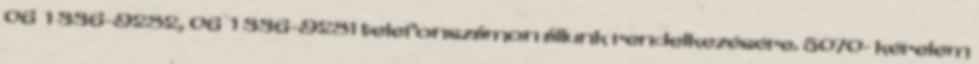
06 1 336-9282, 06 1 336-9281 telefonszámon állunk rendelkezésére. 5070- kérelem